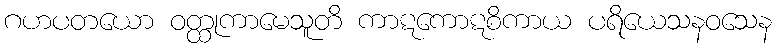
ဂဟပတယော ဝတ္ထုကာမေသူတိ ကာဋကောဋစိကာယ ပရိယေသနဝသေန